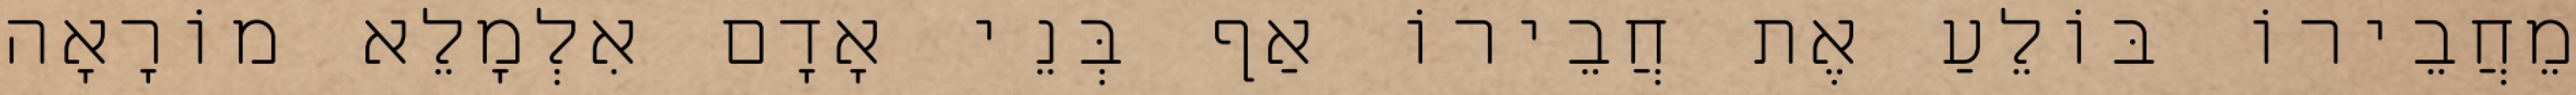
מֵחֲבֵירוֹ בּוֹלֵעַ אֶת חֲבֵירוֹ אַף בְּנֵי אָדָם אִלְמָלֵא מוֹרָאָה